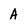
Character: A